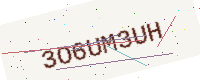
Text: 3O6UM3UH